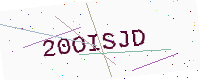
Text: 20OISJD